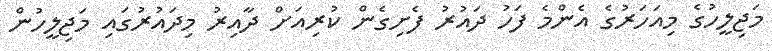
މަޖިލީހުގެ މިއަހަރުގެ އެންމެ ފަހު ދައުރު ފެށިގެން ކުރިއަށް ދާއިރު މިދައުރުގައި މަޖިލީހުން